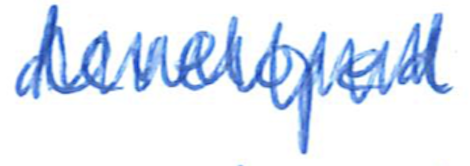
Text: developed
Cross-out: mix
Writing tool: ballpoint